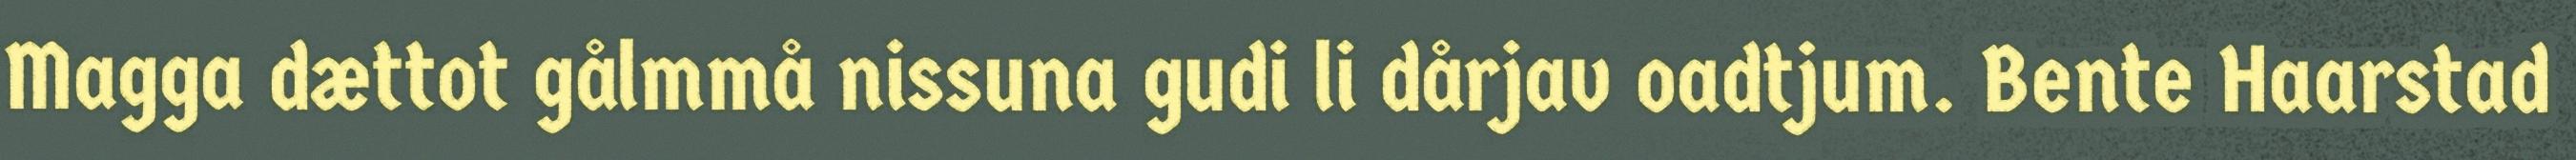
Magga dættot gålmmå nissuna gudi li dårjav oadtjum. Bente Haarstad